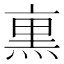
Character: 𭵜